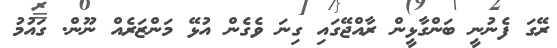
ރޭގަ ފެނުނީ ބަންގާޅީން ރާއްޖޭގައި ގިނަ ވެގެން އުޅޭ މަންޒަރެއް ނޫން. ގައުމު